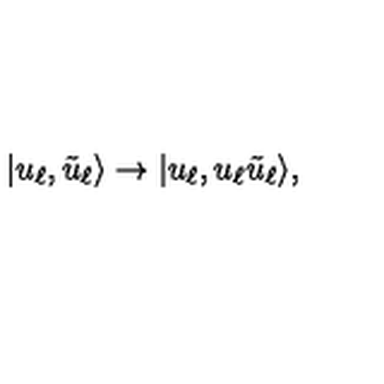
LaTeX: | u _ { \ell } , \tilde { u } _ { \ell } \rangle \to | u _ { \ell } , u _ { \ell } \tilde { u } _ { \ell } \rangle ,